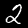
Label: 2